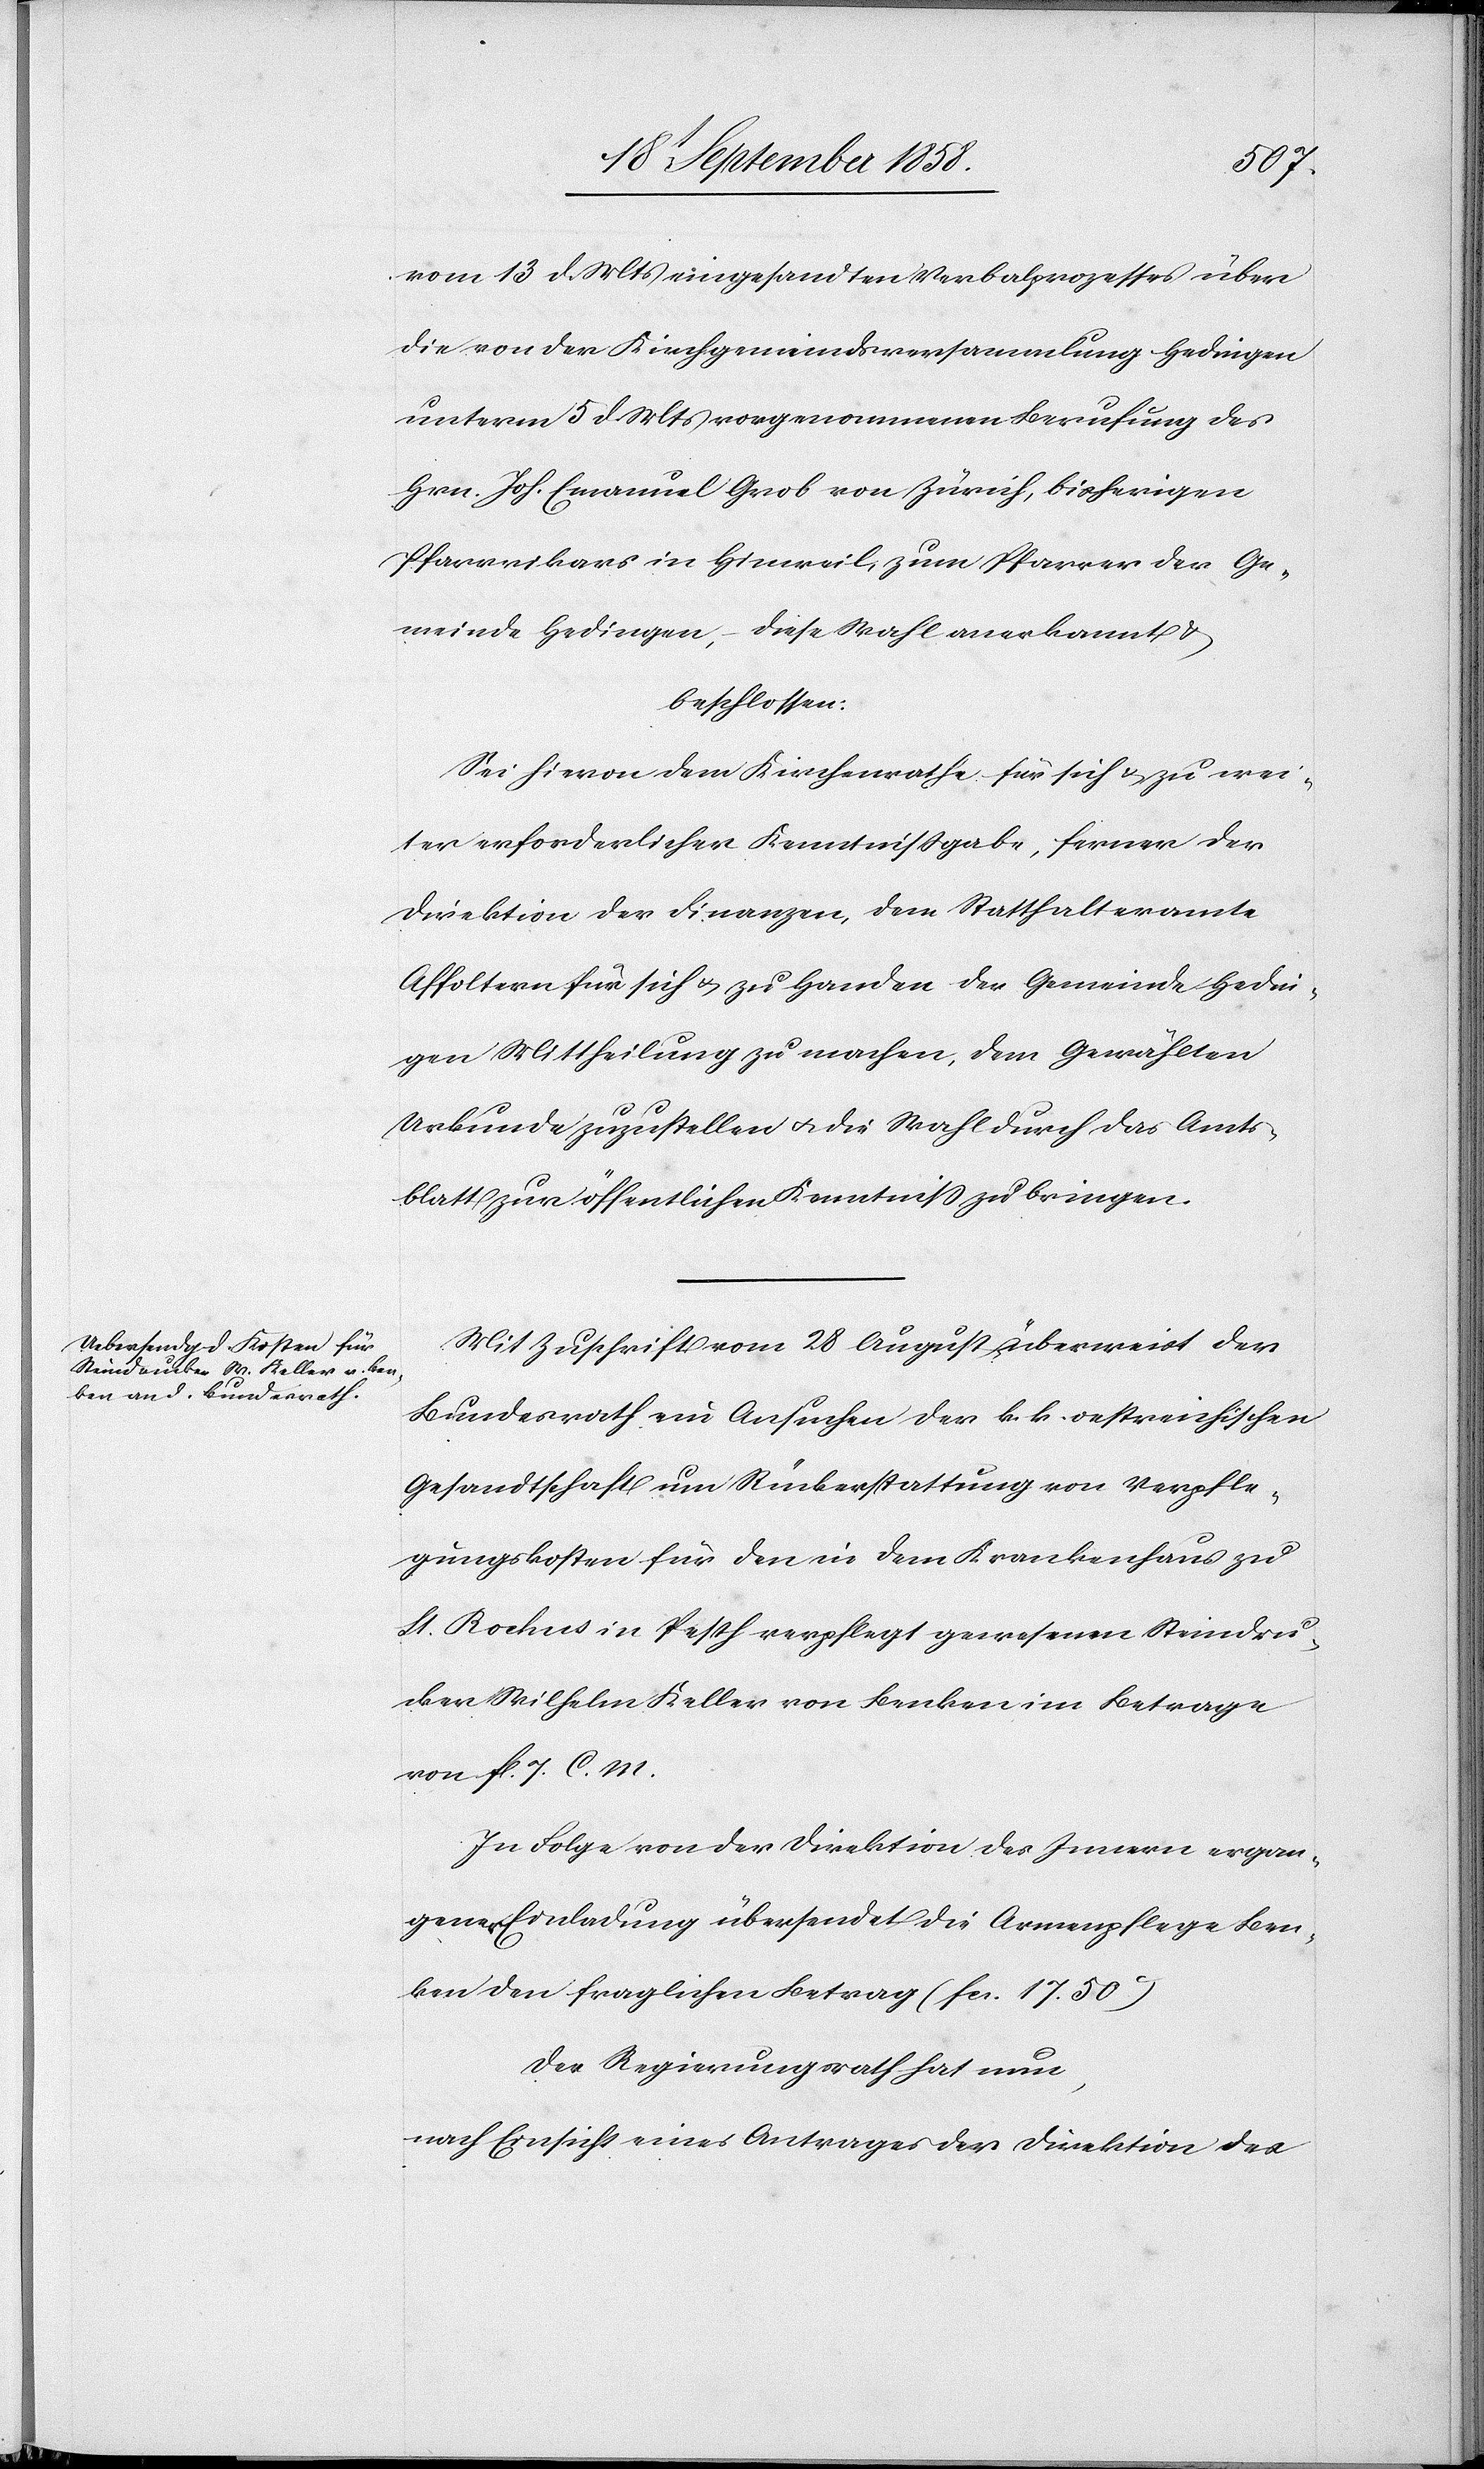
vom 13 d. Mts eingesandten Verbalprozesses über
die von der Kirchgemeindsversammlung Hedingen
unterm 5 d. Mts vorgenommenen Berufung des
Hrn. Joh. Emanuel Grob von Zürich, bisherigen
Pfarrvikars in Hinweil, zum Pfarrer der Ge¬
meinde Hedingen, – diese Wahl anerkannt &
beschlossen:
Sei hievon dem Kirchenrathe für sich & zu wei¬
ter erforderlicher Kenntnißgabe, ferner der
Direktion der Finanzen, dem Statthalteramte
Affoltern für sich & zu Handen der Gemeinde Hedin¬
gen Mittheilung zu machen, dem Gewählten
Urkunde zuzustellen & die Wahl durch das Amts¬
blatt zur öffentlichen Kenntniss zu bringen.
Mit Zuschrift vom 28 August überweist der
Bundesrath ein Ansuchen der k. k. oestreichischen
Gesandtschaft um Rückerstattung von Verpfle¬
gungskosten für den in dem Krankenhaus zu
St. Rochus in Pesth verpflegt gewesenen Steindru¬
cker Wilhelm Keller von Benken im Betrage
von fl. 7. C. M.
In Folge von der Direktion des Innern ergan¬
gener Einladung übersendet die Armenpflege Ben¬
ken den fraglichen Betrag (fcs. 17. 50C)
Der Regierungsrath hat nun,
nach Einsicht eines Antrages der Direktion des